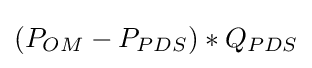
(P_{OM}-P_{PDS})*Q_{PDS}